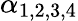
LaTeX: \alpha_{1,2,3,4}